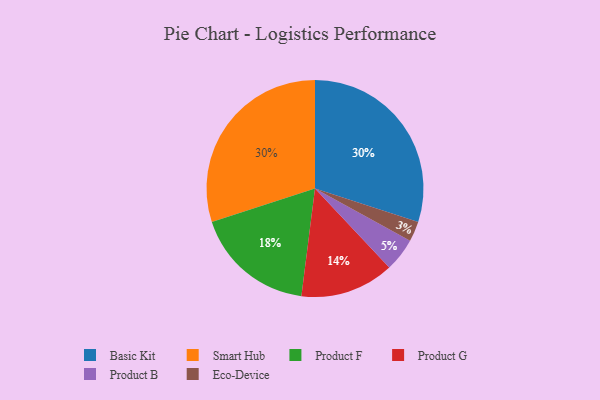
{"axis": {"x": "Category", "y": "Percentage"}, "legend": ["Basic Kit", "Eco-Device", "Product B", "Product F", "Product G", "Smart Hub"], "data": [{"x": "Basic Kit", "y": 30, "type": "Basic Kit"}, {"x": "Smart Hub", "y": 30, "type": "Smart Hub"}, {"x": "Product F", "y": 18, "type": "Product F"}, {"x": "Product B", "y": 5, "type": "Product B"}, {"x": "Eco-Device", "y": 3, "type": "Eco-Device"}, {"x": "Product G", "y": 14, "type": "Product G"}]}